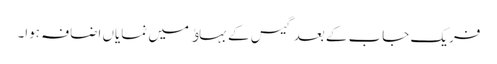
فریک جاب کے بعد گیس کے بہاﺅ میں نمایاں اضافہ ہوا۔